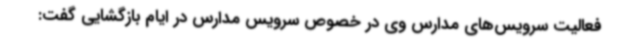
فعالیت سرویس‌های مدارس وی در خصوص سرویس مدارس در ایام بازگشایی گفت: